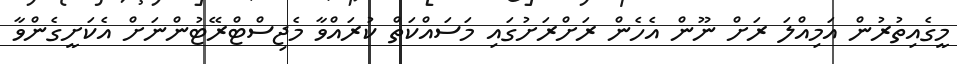
މީގެއިތުރުން އަމިއްލަ ރަށް ނޫން އެހެން ރަށްރަށުގައި މަސައްކަތް ކުރައްވާ މެޖިސްޓްރޭޓުންނަށް އެކަށީގެންވާ